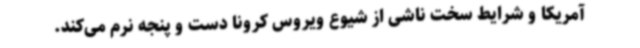
آمریکا و شرایط سخت ناشی از شیوع ویروس کرونا دست و پنجه نرم می‌کند.